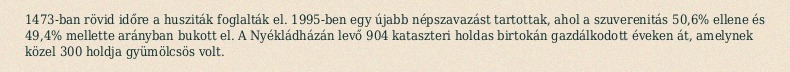
1473-ban rövid időre a husziták foglalták el. 1995-ben egy újabb népszavazást tartottak, ahol a szuverenitás 50,6% ellene és 49,4% mellette arányban bukott el. A Nyékládházán levő 904 kataszteri holdas birtokán gazdálkodott éveken át, amelynek közel 300 holdja gyümölcsös volt.